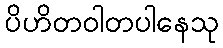
ပိဟိတဝါတပါနေသု